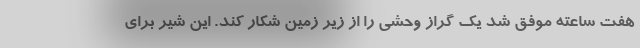
هفت ساعته موفق شد یک گراز وحشی را از زیر زمین شکار کند. این شیر برای